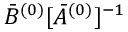
\bar { B } ^ { ( 0 ) } [ \bar { A } ^ { ( 0 ) } ] ^ { - 1 }